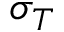
\sigma _ { T }